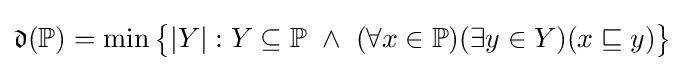
{\mathfrak {d}}(\mathbb {P} )=\min {\big \{}|Y|:Y\subseteq \mathbb {P} \ \wedge \ (\forall x\in \mathbb {P} )(\exists y\in Y)(x\sqsubseteq y){\big \}}